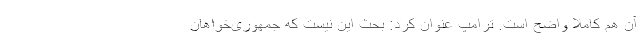
آن هم کاملا واضح است. ترامپ عنوان کرد: بحث این نیست که جمهوری‌خواهان